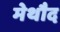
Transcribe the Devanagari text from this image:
मेथौद